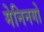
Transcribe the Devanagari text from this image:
मेनिनगो